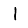
Digit: 1